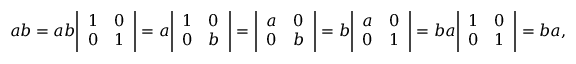
a b = a b { \left| \begin{array} { l l } { 1 } & { 0 } \\ { 0 } & { 1 } \end{array} \right| } = a { \left| \begin{array} { l l } { 1 } & { 0 } \\ { 0 } & { b } \end{array} \right| } = { \left| \begin{array} { l l } { a } & { 0 } \\ { 0 } & { b } \end{array} \right| } = b { \left| \begin{array} { l l } { a } & { 0 } \\ { 0 } & { 1 } \end{array} \right| } = b a { \left| \begin{array} { l l } { 1 } & { 0 } \\ { 0 } & { 1 } \end{array} \right| } = b a ,